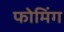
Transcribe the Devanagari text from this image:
फोमिंग